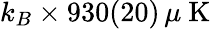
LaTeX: k_{B}\times 930(20)\, \mu\mathrm{~K~}